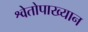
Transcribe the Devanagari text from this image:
श्वेतोपाख्यान